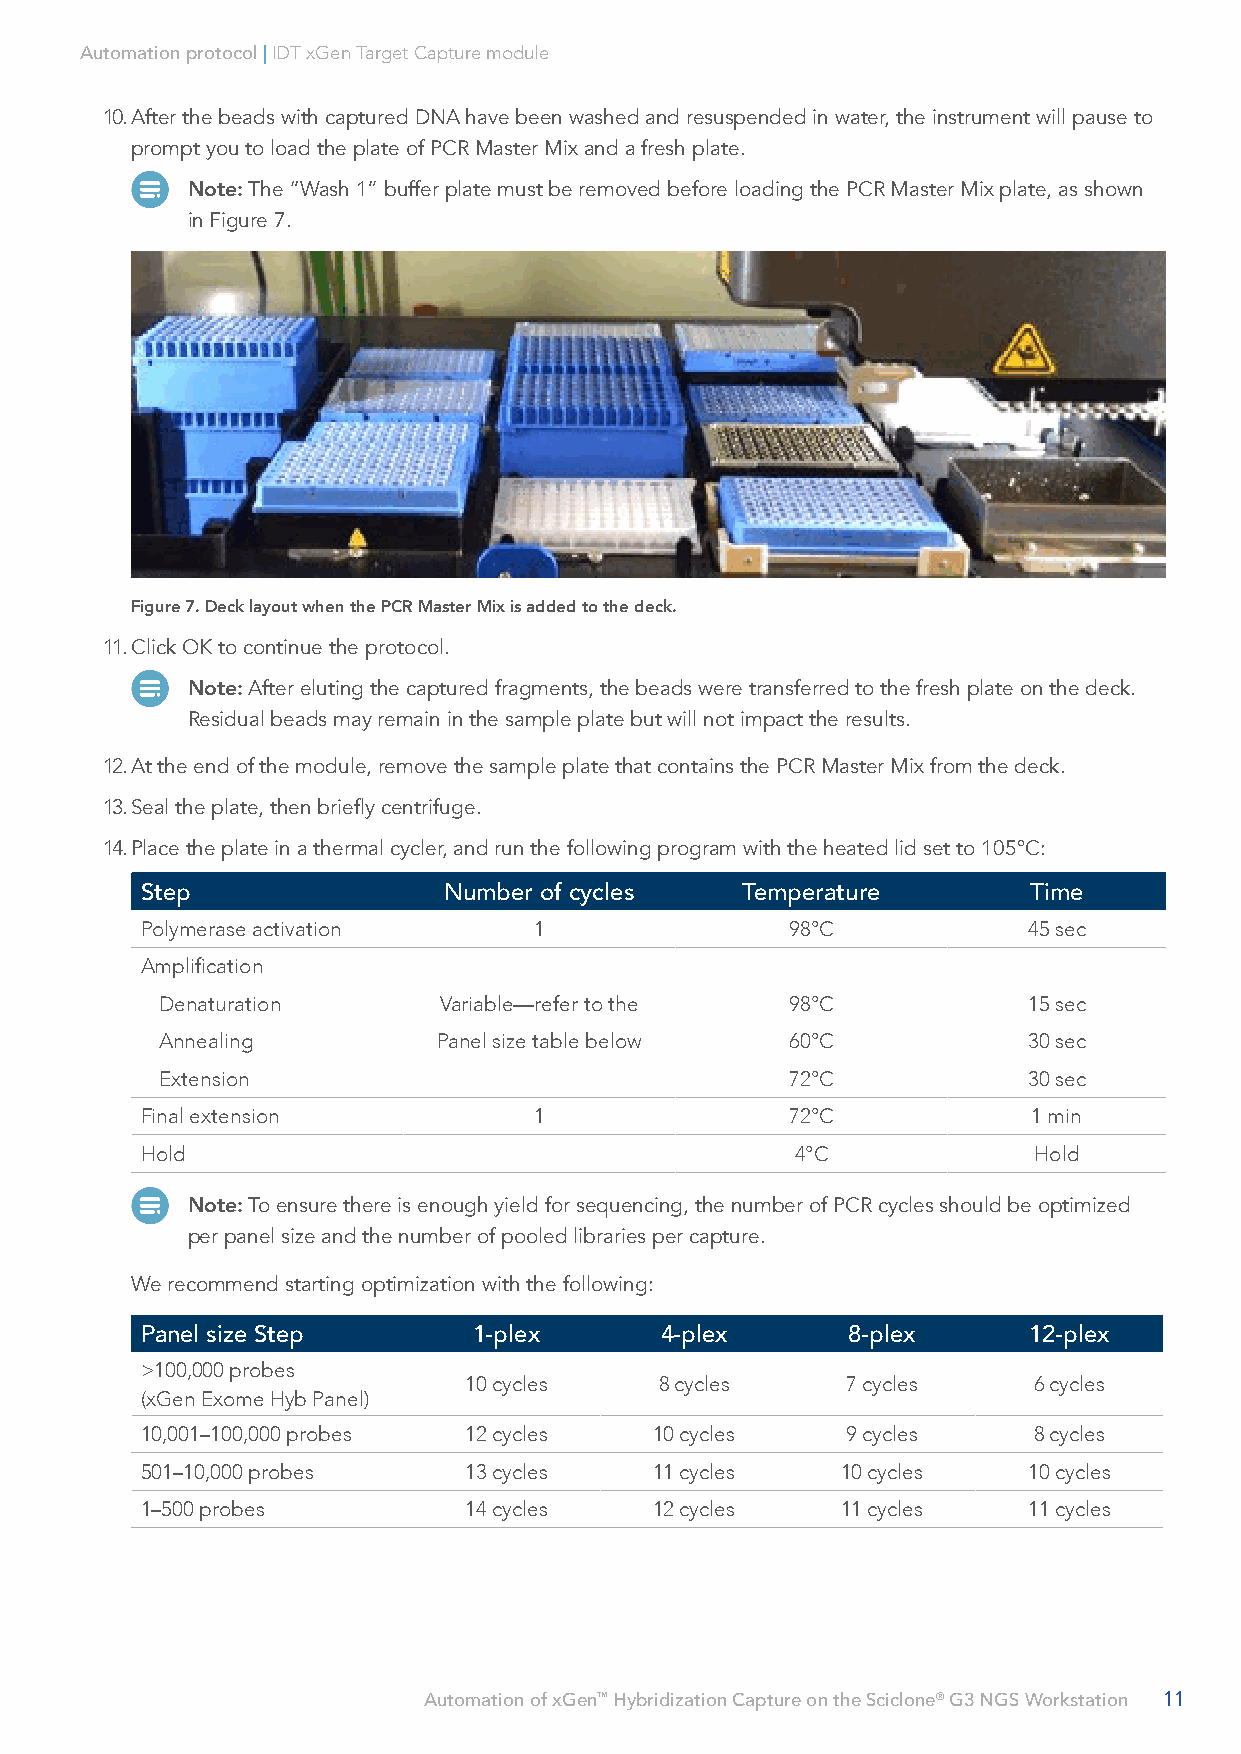
Automation protocol | IDT xGen Target Capture module
 10. After the beads with captured DNA have been washed and resuspended in water, the instrument will pause to
 prompt you to load the plate of PCR Master Mix and a fresh plate.
 Note: The “Wash 1” buffer plate must be removed before loading the PCR Master Mix plate, as shown
 in Figure 7.
 Figure 7. Deck layout when the PCR Master Mix is added to the deck.
 11. Click OK to continue the protocol.
 Note: After eluting the captured fragments, the beads were transferred to the fresh plate on the deck.
 Residual beads may remain in the sample plate but will not impact the results.
 12. At the end of the module, remove the sample plate that contains the PCR Master Mix from the deck.
 13. Seal the plate, then briefly centrifuge.
 14. Place the plate in a thermal cycler, and run the following program with the heated lid set to 105°C:
 Step                Number of cycles    Temperature        Time
 Polymerase activation     1                98°C            45 sec
 Amplification
 Denaturation      Variable—refer to the  98°C            15 sec
 Annealing         Panel size table below 60°C            30 sec
 Extension                                72°C            30 sec
 Final extension           1                72°C            1 min
 Hold                                        4°C            Hold
 Note: To ensure there is enough yield for sequencing, the number of PCR cycles should be optimized
 per panel size and the number of pooled libraries per capture.
 We recommend starting optimization with the following:
 Panel size Step       1-plex       4-plex      8-plex      12-plex
 >100,000 probes
 10 cycles    8 cycles    7 cycles    6 cycles
 (xGen Exome Hyb Panel)
 10,001–100,000 probes 12 cycles   10 cycles    9 cycles    8 cycles
 501–10,000 probes     13 cycles   11 cycles    10 cycles   10 cycles
 1–500 probes          14 cycles   12 cycles    11 cycles   11 cycles
 Automation of xGen™ Hybridization Capture on the Sciclone® G3 NGS Workstation 11